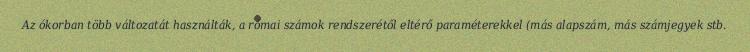
Az ókorban több változatát használták, a római számok rendszerétől eltérő paraméterekkel (más alapszám, más számjegyek stb.